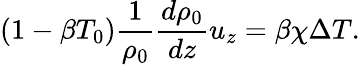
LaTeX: \left(1-\beta T_{0}\right)\frac{1}{\rho_{0}}\frac{d\rho_{0}}{dz}u_{z}=\beta\chi\Delta T.